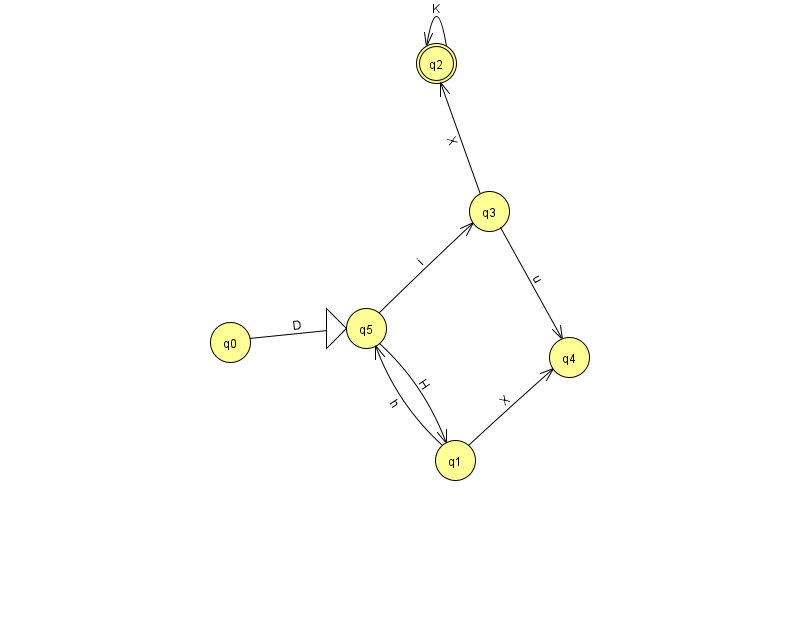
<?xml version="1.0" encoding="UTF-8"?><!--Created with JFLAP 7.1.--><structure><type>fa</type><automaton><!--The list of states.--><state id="0" name="q0"><x>230.0</x><y>329.0</y></state><state id="1" name="q1"><x>455.0</x><y>447.0</y></state><state id="2" name="q2"><x>436.0</x><y>50.0</y><final/></state><state id="3" name="q3"><x>489.0</x><y>198.0</y></state><state id="4" name="q4"><x>569.0</x><y>344.0</y></state><state id="5" name="q5"><x>366.0</x><y>315.0</y><initial/></state><!--The list of transitions.--><transition><from>3</from><to>2</to><read>X</read></transition><transition><from>1</from><to>5</to><read>h</read></transition><transition><from>5</from><to>1</to><read>H</read></transition><transition><from>0</from><to>5</to><read>D</read></transition><transition><from>2</from><to>2</to><read>K</read></transition><transition><from>1</from><to>4</to><read>X</read></transition><transition><from>3</from><to>4</to><read>u</read></transition><transition><from>5</from><to>3</to><read>i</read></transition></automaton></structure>